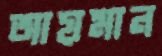
আয়মান